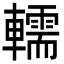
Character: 轜